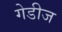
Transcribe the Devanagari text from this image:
गेडीज